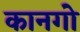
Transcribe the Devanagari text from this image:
कानगो